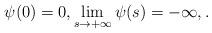
LaTeX: \begin{align*}\psi(0)=0, \lim_{s\to +\infty}\psi(s)=-\infty,.\end{align*}